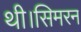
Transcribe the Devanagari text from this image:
थी।सिमरन